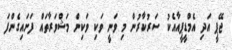
ޖޭޕީ އަދި އެމްޑީޕީއާއެކު ސަރުކާރުން މި ވަނީ ވަކި ވަކިން މަޝްވަރާތައް ފަށައިގެންފަ